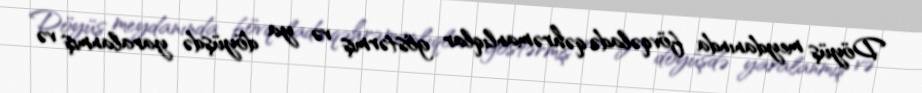
Döyüş meydanında fövqəladə qəhrəmanlıqlar göstərmiş və ya döyüşdə yaralanmış və